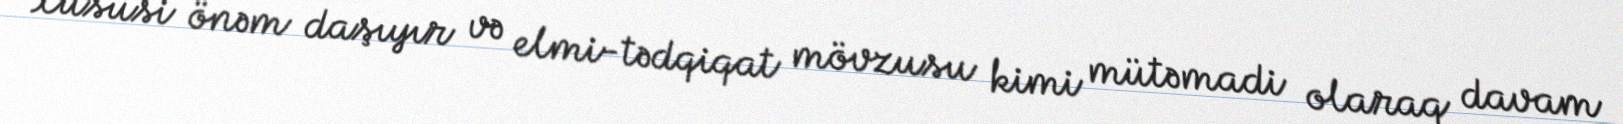
xüsusi önəm daşıyır və elmi-tədqiqat mövzusu kimi mütəmadi olaraq davam